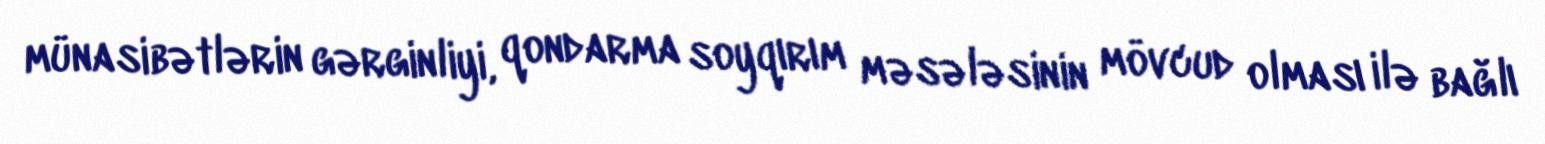
münasibətlərin gərginliyi, qondarma soyqırım məsələsinin mövcud olması ilə bağlı